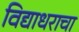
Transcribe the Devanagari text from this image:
विद्याधराचा